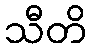
သီတိ